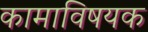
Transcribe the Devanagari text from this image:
कामाविषयक